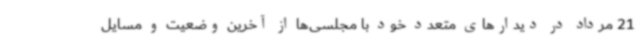
21 مرداد در دیدارهای متعدد خود با مجلسی‌ها از آخرین وضعیت و مسایل